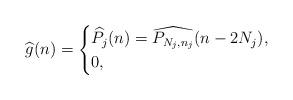
LaTeX: \begin{align*}\widehat{g}(n)=\begin{cases}\widehat{P_j}(n)=\widehat{P_{N_j,n_j}}(n-2N_j), &\\ 0, &\end{cases}\end{align*}